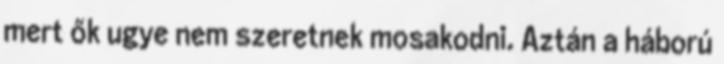
mert ők ugye nem szeretnek mosakodni. Aztán a háború